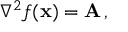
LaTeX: \nabla ^ { 2 } f ( \mathbf { x } ) = \mathbf { A } \, ,